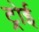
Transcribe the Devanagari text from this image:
ट्रोई